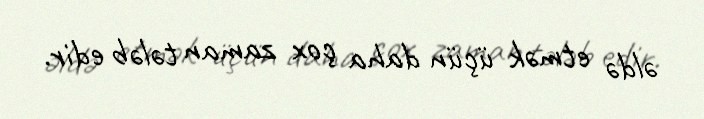
əldə etmək üçün daha çox zaman tələb edir.